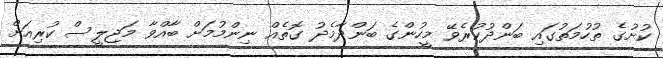
ކުށުގެ ތުހުމަތުގައި ބަންދުކުރެވޭ މީހުންގެ ބަންދާމެދު ގޮތެއް ނިންމުމަށް ބާއްވާ މަޖިލީސް ކުރިއަށް